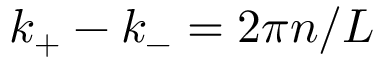
k _ { + } - k _ { - } = 2 \pi n / L